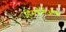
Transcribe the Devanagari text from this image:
हिसपैनीओला